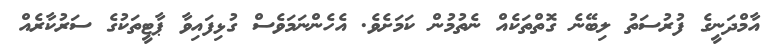
އާމްދަނީގެ ފުރުސަތު ލިބޭނެ ގޮތްތަކެއް ނެތުމުން ކަމަށެވެ. އެހެންނަމަވެސް ގުޅިފައިވާ ޕާޓީތަކުގެ ސަރުކާރެއް